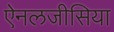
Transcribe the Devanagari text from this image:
ऐनलजीसिया